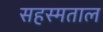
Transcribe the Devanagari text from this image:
सहस्मताल